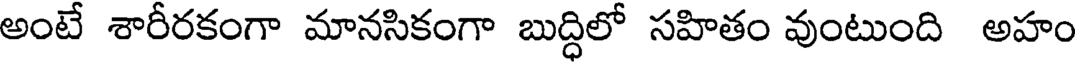
అంటే శారీరకంగా మానసికంగా బుద్ధిలో సహితం వుంటుంది అహం